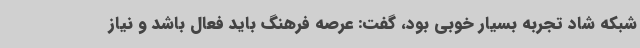
شبکه شاد تجربه بسیار خوبی بود، گفت: عرصه فرهنگ باید فعال باشد و نیاز